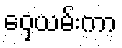
ဝှေ့ယမ်းကာ